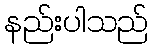
နည်းပါသည်